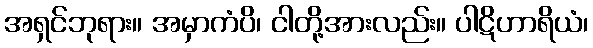
အရှင်ဘုရား။ အမှာကံပိ၊ ငါတို့အားလည်း။ ပါဋိဟာရိယံ၊